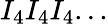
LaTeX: I_{4}I_{4}I_{4}...